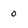
Character: 0